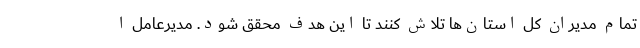
تمام مدیران کل استان‌ها تلاش کنند تا این هدف محقق شود. مدیرعامل ا